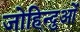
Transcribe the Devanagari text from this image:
जोहिन्दुओं